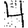
Digit: 4